Tezpur Lunatic Asylum reports 1895-1904 - 1895-1904
Year: 1895
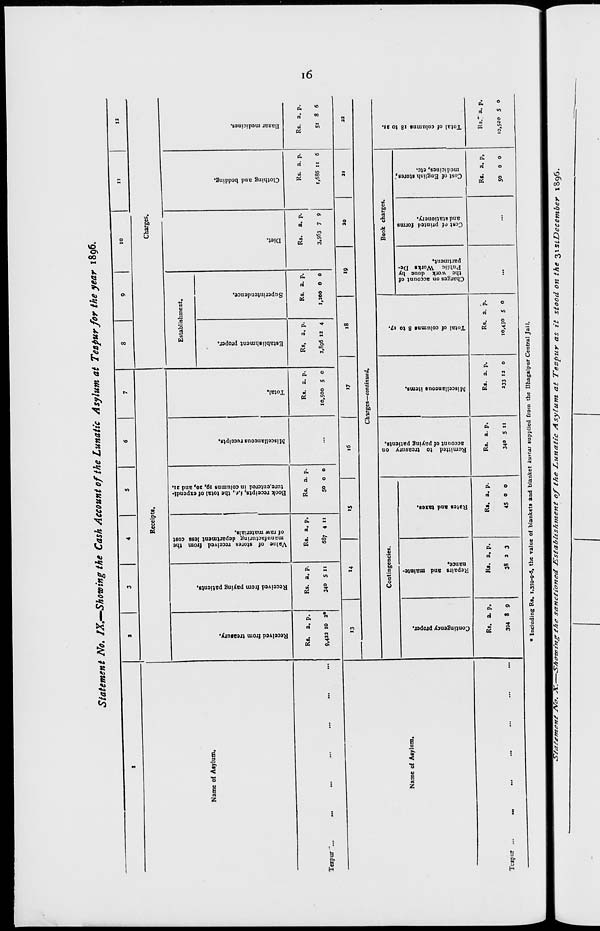
"3
C
a
5
p
B
5'
TO
50
00
r»
3
a
s
ST
C
■o
o
3
? n
a
sr
u
TO
»
•5"
c
3
3
o
o
■a
Contingency proper.
Repairs and mainte-
nance.
Rates and taxes.
O c
3
5'
n
a
>
c
3
o
u
o
ft)
•a
o
VI
o
•a'
Remitted to treasury on
account of paying patients.
Miscellaneous items.
Oq
n
Tntal of column! 8 to 17.
Charges on account of
the work done by
Public Works De-
partment.
Cost rf printed forms
and stationery.
o
o
50
•o
« o o
ST
Received from treamry.
Received from paying patients.
Value of stores received from the
manufacturing department less cost
of raw materials.
o
o
o
5?
V
Book receipts, i.e., the total of expendi-
ture.entered in columns 19. 20, and 21.
Miscellaneous receipts.
o
o
Cost of English stores,'
medicines, etc.
r
•a
Total of columns 18 to 21.
•0
50
n
n
Total.
o
o
Establishment proper.
Superintendence,
I
3
to
5p
Diet.
01
0>
ft
a
1
S3
Crcj
a-
«■».
a*
«
a
<8
«
a«
ft
OO
Clothing and bedding.
00
01
5?
tt
Bazar medicines.
I I
9'